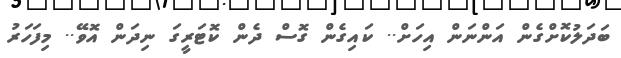
ބަދަލުކޮށްގެން އަންނަން އިހަށް.. ކައިގެން ގޮސް ދެން ކޮޓަރީގަ ނިދަން އޮވޭ.. މިފަހަރު